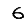
Digit: 6